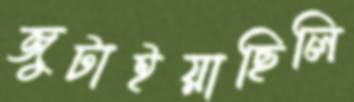
জুটাইয়াছিলি